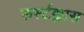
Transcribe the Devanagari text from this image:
फर्स्टक्लास